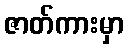
ဇာတ်ကားမှာ